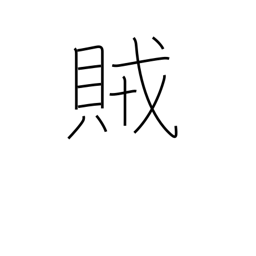
Meaning: rebel